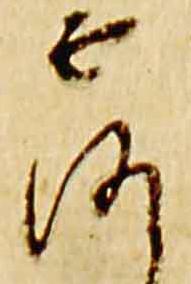
露